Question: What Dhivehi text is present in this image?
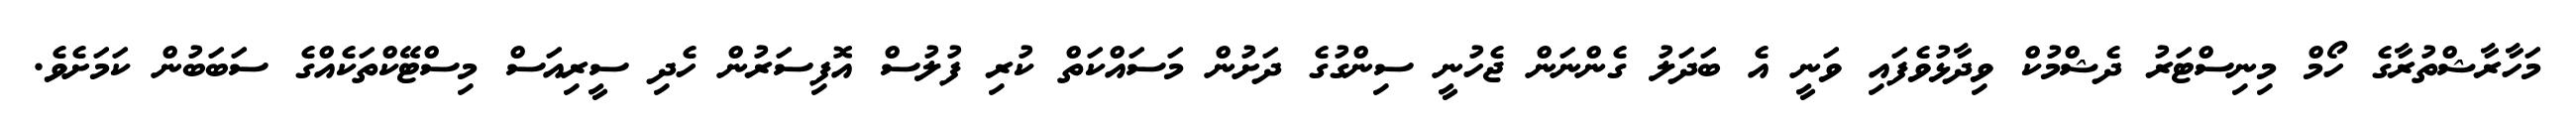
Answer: މަހާރާޝްތުރާގެ ހޯމް މިނިސްޓަރު ދެޝްމުކް ވިދާޅުވެފައި ވަނީ އެ ބަދަލު ގެންނަން ޖެހުނީ ސިންގުގެ ދަށުން މަސައްކަތް ކުރި ފުލުސް އޮފިސަރުން ހެދި ސީރިއަސް މިސްޓޭކްތަކެއްގެ ސަބަބުން ކަމަށެވެ.